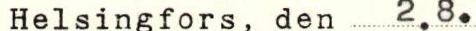
Helsingfors, den 2.8.